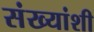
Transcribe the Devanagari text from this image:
संख्यांशी